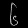
Digit: ၆